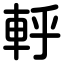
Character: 軤